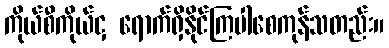
ကိုယ်စီကိုယ်ငှ ရောက်ရှိနိုင်ကြပါစေကုန်သတည်း။